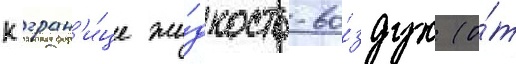
к гран'и́це жи́дкость-во́здух (о́т